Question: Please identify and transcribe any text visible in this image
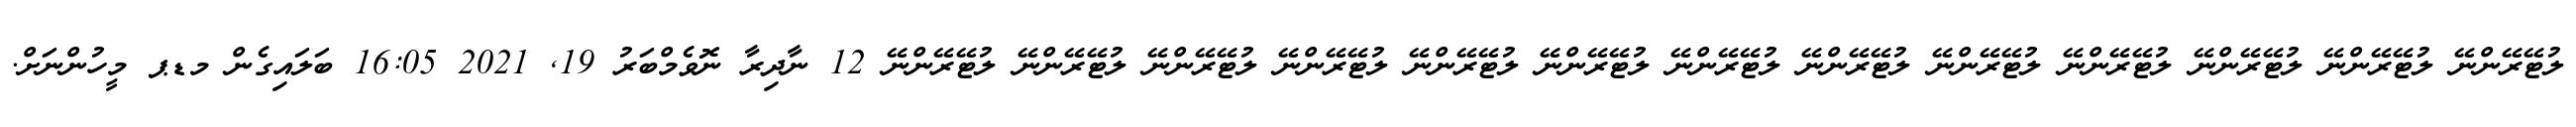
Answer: ލުޓޭރޭންނޭ ލުޓޭރޭންނޭ ލުޓޭރޭންނޭ ލުޓޭރޭންނޭ ލުޓޭރޭންނޭ ލުޓޭރޭންނޭ ލުޓޭރޭންނޭ ލުޓޭރޭންނޭ ލުޓޭރޭންނޭ ލުޓޭރޭންނޭ ލުޓޭރޭންނޭ ލުޓޭރޭންނޭ ލުޓޭރޭންނޭ 12 ނާދިރާ ނޮވެމްބަރު 19, 2021 16:05 ބަލައިގެން މޑޕ މީހުންނަށް.